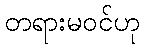
တရားမဝင်ဟု